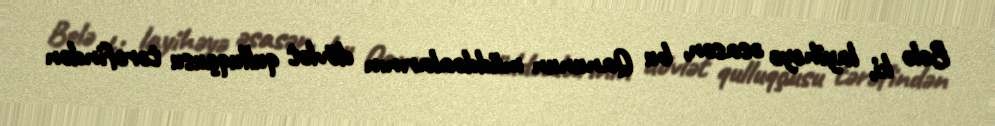
Belə ki, layihəyə əsasən, bu Qanunun müddəalarının dövlət qulluqçusu tərəfindən